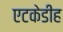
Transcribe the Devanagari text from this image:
एटकेडीह